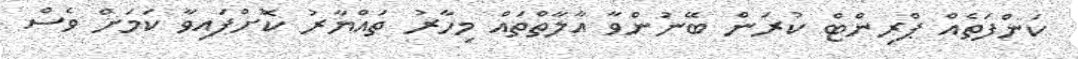
ކަންފަތެއް ޕްރިންޓް ކުރަން ބޭނުންވާ އާލާތްތައް މިހާރު ތައްޔާރު ކޮށްފައިވާ ކަމަށް ވެސް